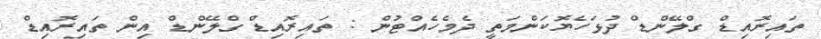
ތައިރޮއިޑް ގްލޭންޑް ދުޅަހެޔޮކަންމަތީ ދެމެހެއްޓުން : ތައިރޮއިޑް ގްލޭންޑް އިން ތައިރޮއިޑް